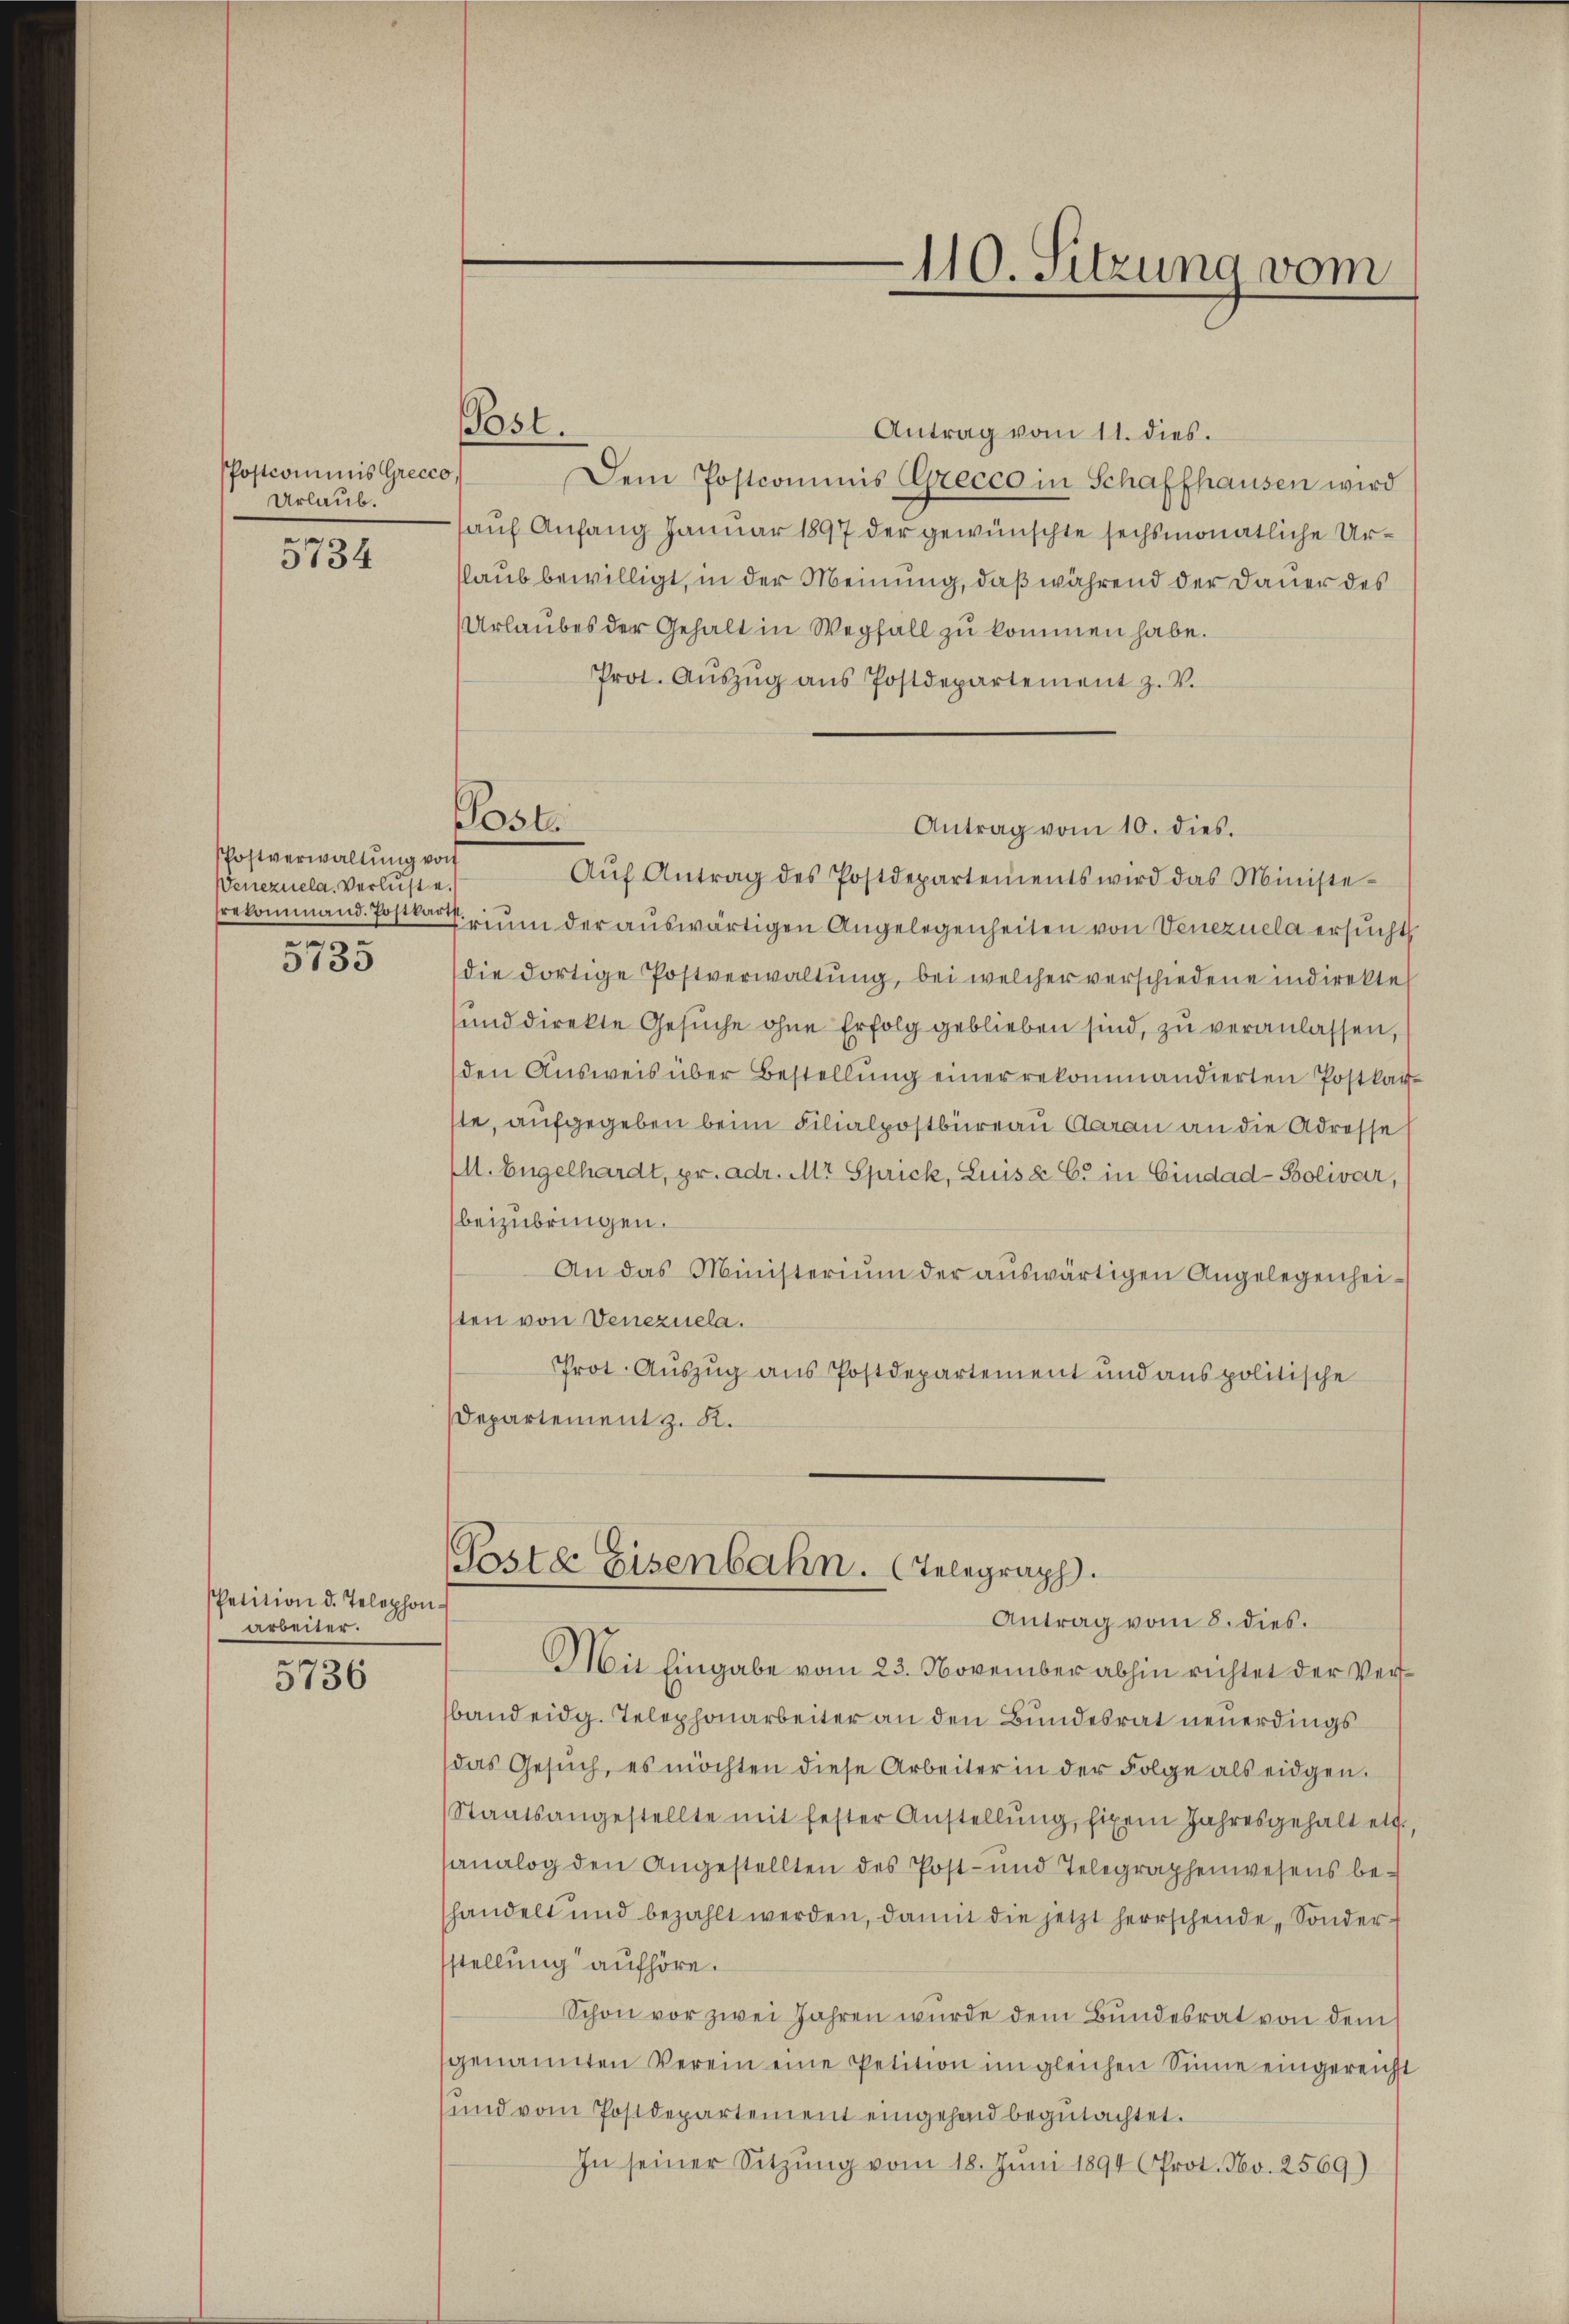
PPostcominis Grecco
Urlaub.

5734

Postverwaltung von
Wenezuela. Verluste.
srekommand. Postkart
.

5733

Petition d. Telephon
arbeiter.

5736

Post.

Post

110. Sitzung vom

Antrag vom 11. dies.
Dem Postcommis Grecco in Schaffhausen wird
auf Anfang Januar 1897 der gewünschte sechsmonatliche Ur¬
Glaub bewilligt, in der Meinung, daß während der Dauer des
Urlaubes der Gehalt in Wegfall zu kommen habe.
Prot. Aŭszŭg aŭs Postdepartement z. V.
Aŭf Antrag des Postdepartements wird das Ministe-
Trium der auswärtigen Angelegenheiten von Venezuela ersucht
die dortige Postverwaltung, bei welcher verschiedene indirekte
und direkte Gesŭche ohne Erfolg geblieben sind, zu veranlassen,
den Ausweis über Bestellung einer rekommandierten Postkar-
ste, aufgegeben beim Filialpostbüreau darau an die Adresse
(M. Engelhardt, pr. adr. Mt Sprick, Luise C. in Cindad-Bolivar,
beizubringen.
An das Ministerium der auswärtigen Angelegenheisten von Venezuela.
Prot. Auszug aus Postdepartement und aus politische
Departement z. K.

Antrag vom 10. dies.

Poste Eisenbahn. Telegraph.
Antrag vom 8. dies.
Mit Eingabe vom 23. November abhin richtet der Ver¬

band eidg. Telephonarbeiter an den Bundesrat neuerdings
das Gesŭch, es möchten diese Arbeiter in der Folge als eidgen.
Staatsangestellte mit fester Anstellŭng, fixen Jahresgehalt etc.,
sanalog den Angestellten des Post- und Telegraphenwesens behandelt und bezahlt werden, damit die jetzt herrschende, Sonder
stellung aufhöre.
Schon vor zwei Jahren wurde dem Bundesrat von dem
genannten Verein eine Petition im gleichen Sinne eingereicht
und vom Postdepartement eingehend begŭtachtet.
In seiner Sitzŭng vom 18. Juni 1894 Prot. No. 2569)